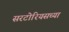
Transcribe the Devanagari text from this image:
सरटोरियसच्या